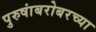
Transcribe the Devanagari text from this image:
पुरुषांबरोबरच्या